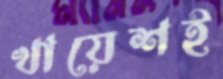
খায়েশই